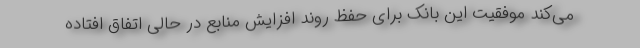
می‌کند موفقیت این بانک برای حفظ روند افزایش منابع در حالی اتفاق افتاده